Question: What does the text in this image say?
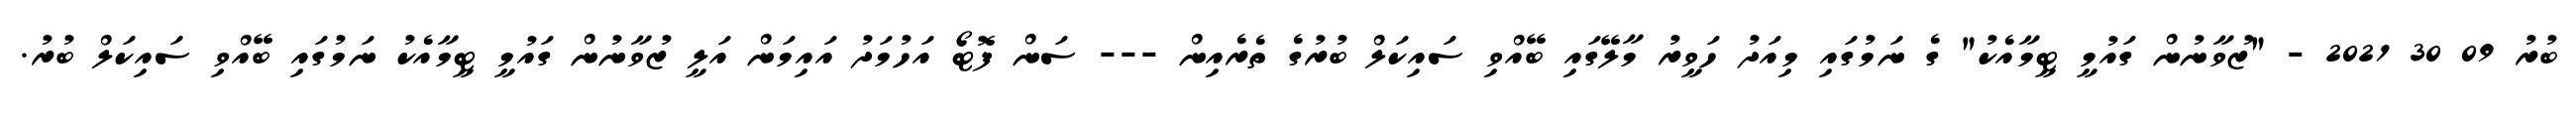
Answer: ބުރު 09 30 2021 - "ޒުވާނުން ގައުމީ ޓީމާއެކު" ގެ ނަމުގައި މިއަދު ހަވީރު މާލޭގައި ބޭއްވި ސައިކަލް ބުރުގެ ތެރެއިން --- ސަން ފޮޓޯ އަހުމަދު އައިމަން އަލީ ޒުވާނުން ގައުމީ ޓީމާއެކު ނަމުގައި ބޭއްވި ސައިކަލް ބުރު.